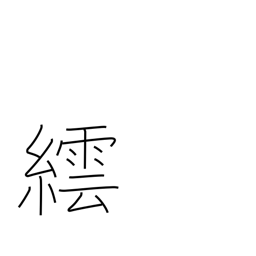
Meaning: a method of dyeing